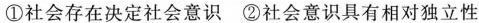
①社会存在决定社会意识②社会意识具有相对独立性